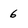
Character: 6